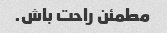
مطمئن راحت باش.